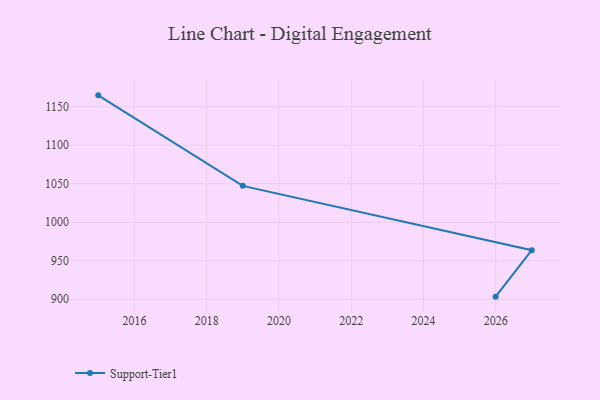
{"axis": {"x": "Year", "y": "Customer Acquisition Cost (USD)"}, "legend": ["Support-Tier1"], "data": [{"x": "2015", "y": 1164.7, "type": "Support-Tier1"}, {"x": "2019", "y": 1047.2, "type": "Support-Tier1"}, {"x": "2027", "y": 963.7, "type": "Support-Tier1"}, {"x": "2026", "y": 903.4, "type": "Support-Tier1"}]}